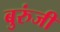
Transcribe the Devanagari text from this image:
बुरुंजी